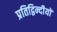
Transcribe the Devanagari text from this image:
प्रतिद्विन्दीयों